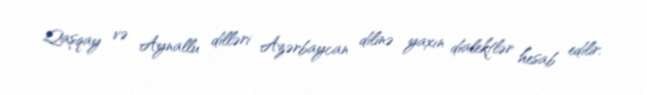
Qaşqay və Aynallu dilləri Azərbaycan dilinə yaxın dialektlər hesab edilir.